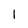
Character: I